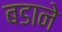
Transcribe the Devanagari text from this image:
बडाने